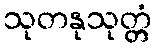
သုတနုသုတ္တံ